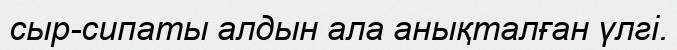
сыр-сипаты алдын ала анықталған үлгі.